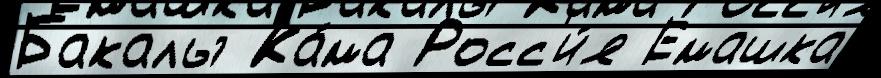
Бакалы Ка́ма Росс'и́я Емашка